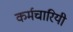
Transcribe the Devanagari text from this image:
कर्मचारियी